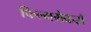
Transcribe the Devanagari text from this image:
फिल्ममेकर्स